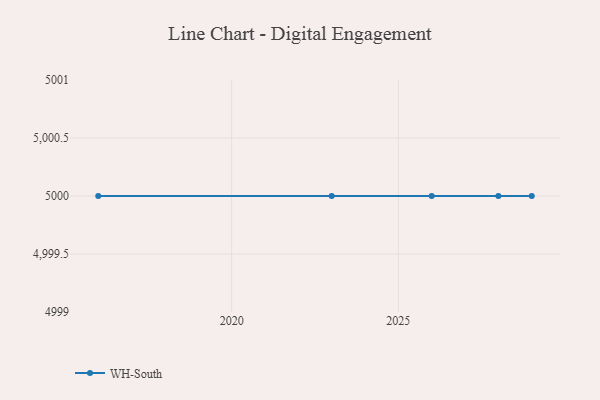
{"axis": {"x": "Year", "y": "Conversion Rate (%)"}, "legend": ["WH-South"], "data": [{"x": "2023", "y": 5000, "type": "WH-South"}, {"x": "2026", "y": 5000, "type": "WH-South"}, {"x": "2029", "y": 5000, "type": "WH-South"}, {"x": "2028", "y": 5000, "type": "WH-South"}, {"x": "2016", "y": 5000, "type": "WH-South"}]}